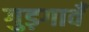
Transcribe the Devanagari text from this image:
गुड़गावँ